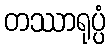
တဿာရုပ္ပံ